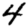
Digit: 4